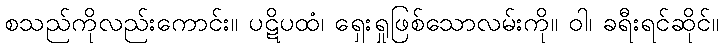
စသည်ကိုလည်းကောင်း။ ပဋိပထံ၊ ရှေးရှုဖြစ်သောလမ်းကို။ ဝါ၊ ခရီးရင်ဆိုင်။